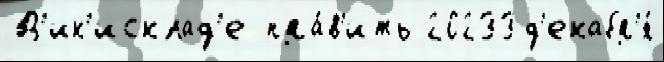
В'ик'исклад'е пра́в'ить 20233 д'екабр'я́